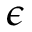
\boldsymbol { \epsilon }